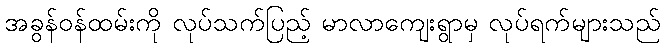
အခွန်ဝန်ထမ်းကို လုပ်သက်ပြည့် မာလာကျေးရွာမှ လုပ်ရက်များသည်